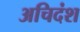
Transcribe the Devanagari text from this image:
अचिदंश